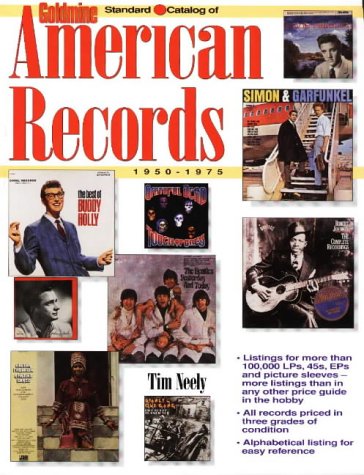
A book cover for Goldmine Standard Catalog of American Records 1950-1975; Tim Neely; Crafts, Hobbies & Home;